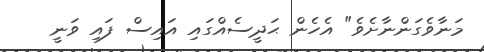
މަނާވެގަންނާށެވެ" އެހެން ޙަދީސެއްގައި އައިސް ފައި ވަނީ